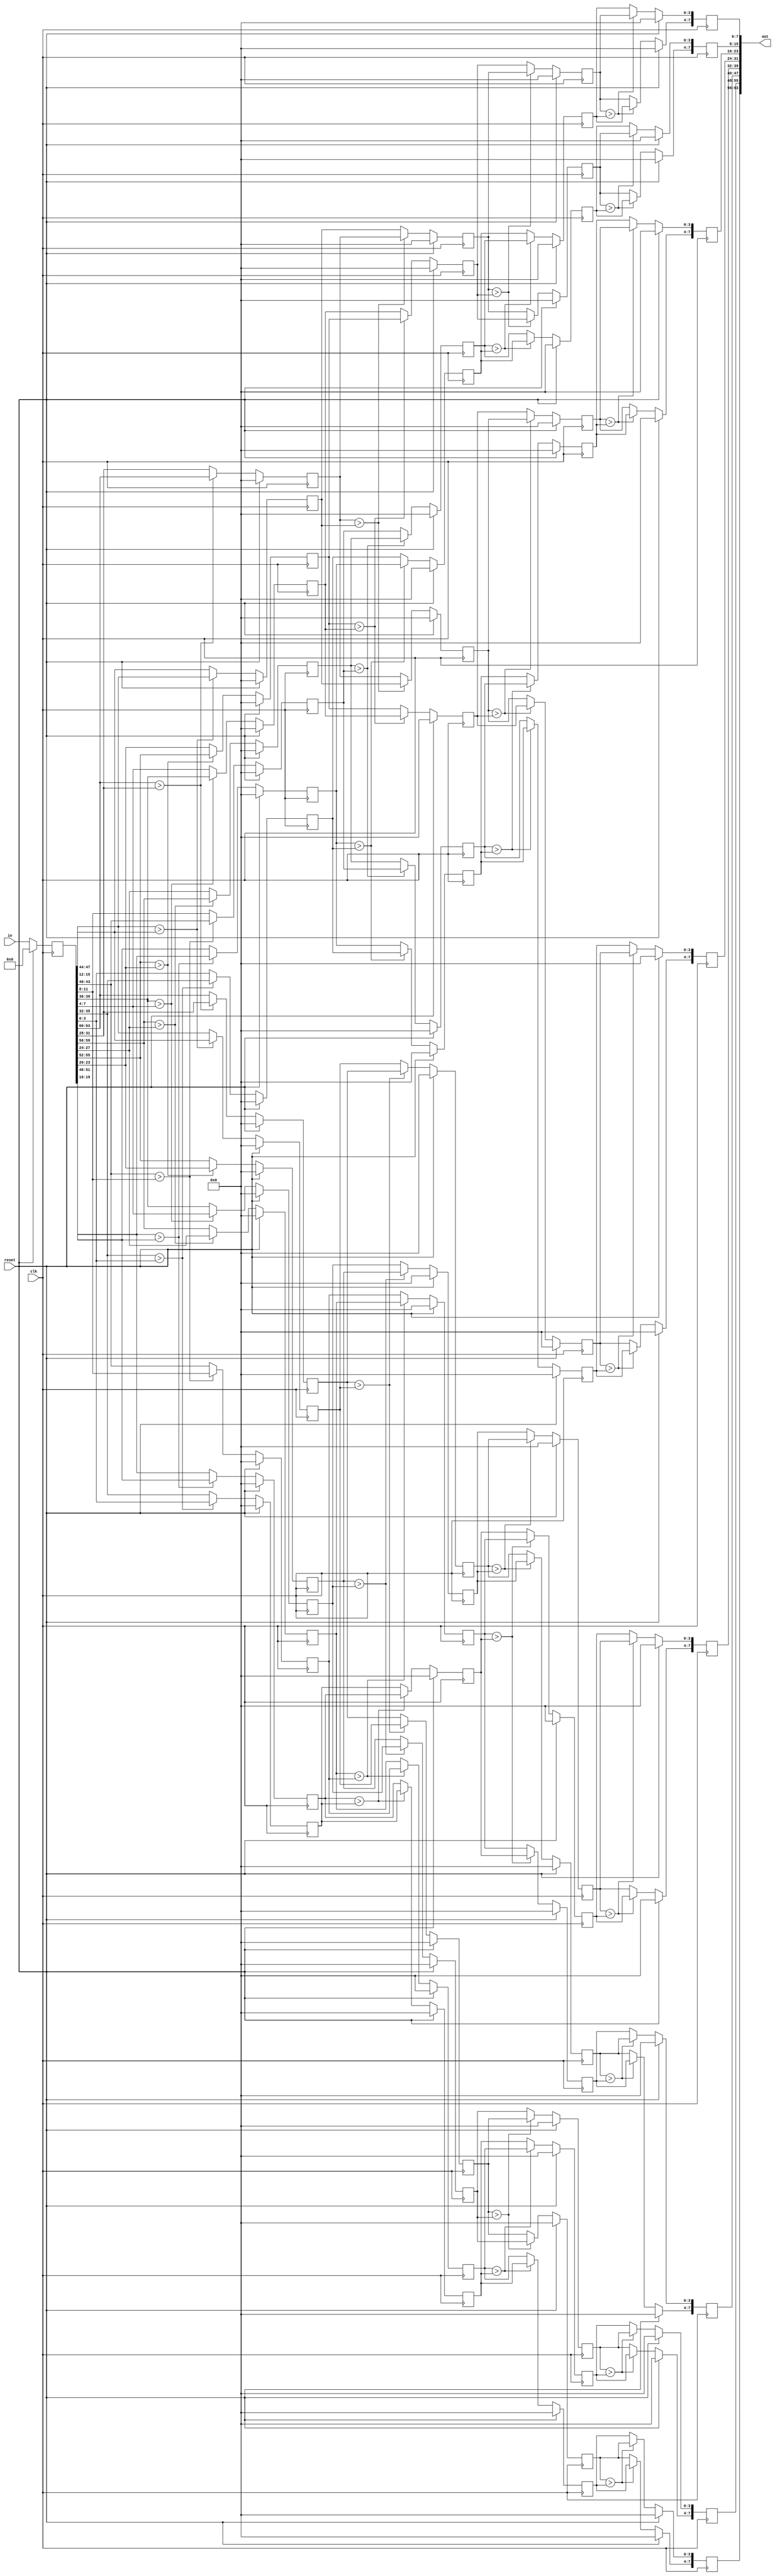
module bitonic_merge #(
     parameter N = 16, // the number of inputs log(N) must be an positive integer
     parameter log_N = 4, // clogb2(N)
     parameter INPUT_WIDTH = 4, // the width for each input
     parameter polarity = 0 // 0 means: positive sorting; 1 means negative sorting
 )
 (
     input clk, reset, // positve edge triggering and sync high active reset
     input [0:INPUT_WIDTH * N - 1] in, 
     output [0:INPUT_WIDTH * N - 1] out
 );
    
    // Stage registers: log(NUM_INPUTS) stage registers are needed
    (* ram_style = "block" *) reg [0:INPUT_WIDTH * N - 1] stage_reg [0:log_N]; // log(N) stage registers and one input register

    // Loads data into input register
    always @(posedge clk)
    begin
        if(reset) stage_reg[0] <= 0;
        else stage_reg[0] <= in;
    end

    genvar i, j, k; // for loop index
    
    generate
    begin
        if(polarity == 0)
            for(i = 0; i < log_N; i = i + 1) // there are log_N stages
            begin : i_loop
                for(j = 0; j < 2 ** i; j = j + 1) // there are (2 ** i) sub-sequence
                begin : j_loop
                    for(k = 0; k < N / (2 ** (i + 1)); k = k + 1) // do compare-exchange in each sub-sequence
                    begin : k_loop

                        always @(posedge clk)
                        begin
                            if(reset) 
                            begin
                                stage_reg[i + 1][((j * N / (2 ** i) + k) * INPUT_WIDTH)+:INPUT_WIDTH] <= 0;
                                stage_reg[i + 1][((j * N / (2 ** i) + k + N / (2 ** (i + 1))) * INPUT_WIDTH)+:INPUT_WIDTH] <= 0;
                            end
                            else
                            begin
                                // if x elements is greater than (x + n / 2) elements, switch them
                                if( stage_reg[i][((j * N / (2 ** i) + k) * INPUT_WIDTH)+:INPUT_WIDTH] 
                                    > stage_reg[i][((j * N / (2 ** i) + k + N / (2 ** (i + 1))) * INPUT_WIDTH)+:INPUT_WIDTH] )
                                begin
                                    stage_reg[i + 1][((j * N / (2 ** i) + k) * INPUT_WIDTH)+:INPUT_WIDTH] 
                                        <= stage_reg[i][((j * N / (2 ** i) + k + N / (2 ** (i + 1))) * INPUT_WIDTH)+:INPUT_WIDTH];
                                    stage_reg[i + 1][((j * N / (2 ** i) + k + N / (2 ** (i + 1))) * INPUT_WIDTH)+:INPUT_WIDTH] 
                                        <= stage_reg[i][((j * N / (2 ** i) + k) * INPUT_WIDTH)+:INPUT_WIDTH];
                                end
                                else // don't switch
                                begin
                                    stage_reg[i + 1][((j * N / (2 ** i) + k) * INPUT_WIDTH)+:INPUT_WIDTH] 
                                        <= stage_reg[i][((j * N / (2 ** i) + k) * INPUT_WIDTH)+:INPUT_WIDTH];
                                    stage_reg[i + 1][((j * N / (2 ** i) + k + N / (2 ** (i + 1))) * INPUT_WIDTH)+:INPUT_WIDTH] 
                                        <= stage_reg[i][((j * N / (2 ** i) + k + N / (2 ** (i + 1))) * INPUT_WIDTH)+:INPUT_WIDTH];
                                end
                            end
                        end

                    end // end k_loop
                end // end j_loop
            end // end i_loop

        else // polarity == 1
            for(i = 0; i < log_N; i = i + 1) // there are log_N stages
            begin : i_loop
                for(j = 0; j < 2 ** i; j = j + 1) // there are (2 ** i) sub-sequence
                begin : j_loop
                    for(k = 0; k < N / (2 ** (i + 1)); k = k + 1) // do compare-exchange in each sub-sequence
                    begin : k_loop

                        always @(posedge clk)
                        begin
                            if(reset) 
                            begin
                                stage_reg[i + 1][((j * N / (2 ** i) + k) * INPUT_WIDTH)+:INPUT_WIDTH] <= 0;
                                stage_reg[i + 1][((j * N / (2 ** i) + k + N / (2 ** (i + 1))) * INPUT_WIDTH)+:INPUT_WIDTH] <= 0;
                            end
                            else
                            begin
                                // if x elements is less than or equal to (x + n / 2) elements, switch them
                                if( stage_reg[i][((j * N / (2 ** i) + k) * INPUT_WIDTH)+:INPUT_WIDTH] 
                                    < stage_reg[i][((j * N / (2 ** i) + k + N / (2 ** (i + 1))) * INPUT_WIDTH)+:INPUT_WIDTH] )
                                begin
                                    stage_reg[i + 1][((j * N / (2 ** i) + k) * INPUT_WIDTH)+:INPUT_WIDTH] 
                                        <= stage_reg[i][((j * N / (2 ** i) + k + N / (2 ** (i + 1))) * INPUT_WIDTH)+:INPUT_WIDTH];
                                    stage_reg[i + 1][((j * N / (2 ** i) + k + N / (2 ** (i + 1))) * INPUT_WIDTH)+:INPUT_WIDTH] 
                                        <= stage_reg[i][((j * N / (2 ** i) + k) * INPUT_WIDTH)+:INPUT_WIDTH];
                                end
                                else // don't switch
                                begin
                                    stage_reg[i + 1][((j * N / (2 ** i) + k) * INPUT_WIDTH)+:INPUT_WIDTH] 
                                        <= stage_reg[i][((j * N / (2 ** i) + k) * INPUT_WIDTH)+:INPUT_WIDTH];
                                    stage_reg[i + 1][((j * N / (2 ** i) + k + N / (2 ** (i + 1))) * INPUT_WIDTH)+:INPUT_WIDTH] 
                                        <= stage_reg[i][((j * N / (2 ** i) + k + N / (2 ** (i + 1))) * INPUT_WIDTH)+:INPUT_WIDTH];
                                end
                            end
                        end

                    end // end k_loop
                end // end j_loop
            end // end 
            
    end
    endgenerate

    assign out =  stage_reg[log_N];

 endmodule